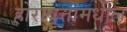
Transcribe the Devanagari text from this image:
होरावृत्तांमधील